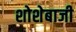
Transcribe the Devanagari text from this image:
शोशेबाजी